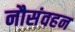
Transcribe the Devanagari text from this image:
नौसंवहन